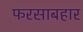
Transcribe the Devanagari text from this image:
फरसाबहार